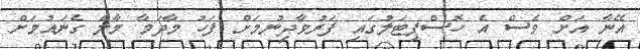
އޭނާ އަށް ވެސް އެ ހޮސްޕިޓަލުގައި ފަރުވާދިނުމަށް ފަހު މާދަމާ މާލެ ގެނައުމަށް